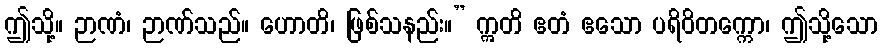
ဤသို့။ ဉာဏံ၊ ဉာဏ်သည်။ ဟောတိ၊ ဖြစ်သနည်း။” ဣတိ ဧတံ ဧသော ပရိဝိတက္ကော၊ ဤသို့သော